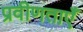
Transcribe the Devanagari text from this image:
प्रवीणताएँ